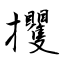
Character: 攫